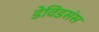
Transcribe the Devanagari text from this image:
डेविडसंस